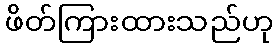
ဖိတ်ကြားထားသည်ဟု